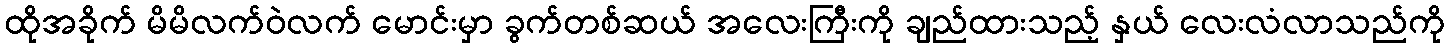
ထိုအခိုက် မိမိလက်ဝဲလက် မောင်းမှာ ခွက်တစ်ဆယ် အလေးကြီးကို ချည်ထားသည့် နှယ် လေးလံလာသည်ကို